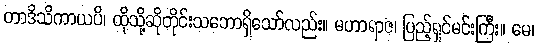
တာဒိသိကာယပိ၊ ထိုသို့ဆိုတိုင်းသဘောရှိသော်လည်း။ မဟာရာဇ၊ ပြည့်ရှင်မင်းကြီး။ မေ၊